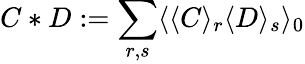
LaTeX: C*D:=\sum_{r,s}\langle\langle C\rangle_{r}\langle D\rangle_{s}\rangle_{0}